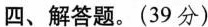
四、解答题。(39分)